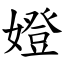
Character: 嬁